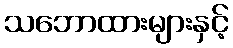
သဘောထားများနှင့်